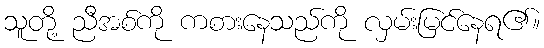
သူတို့ ညီအစ်ကို ကစားနေသည်ကို လှမ်းမြင်နေရ၏။